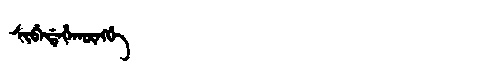
Manchu: ᠰᡳᠪᡝᡩᡝᡥᠠᡴᡡᠩᡤᡝ
Romanization: SIBEDEHAKŪNGGE